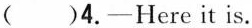
( )4.-Here it is.